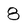
Character: 8